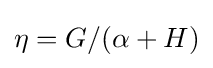
\eta =G/(\alpha +H)